Vaccine operations Central Provinces 1868-1885 - 1868-1885
Year: 1868
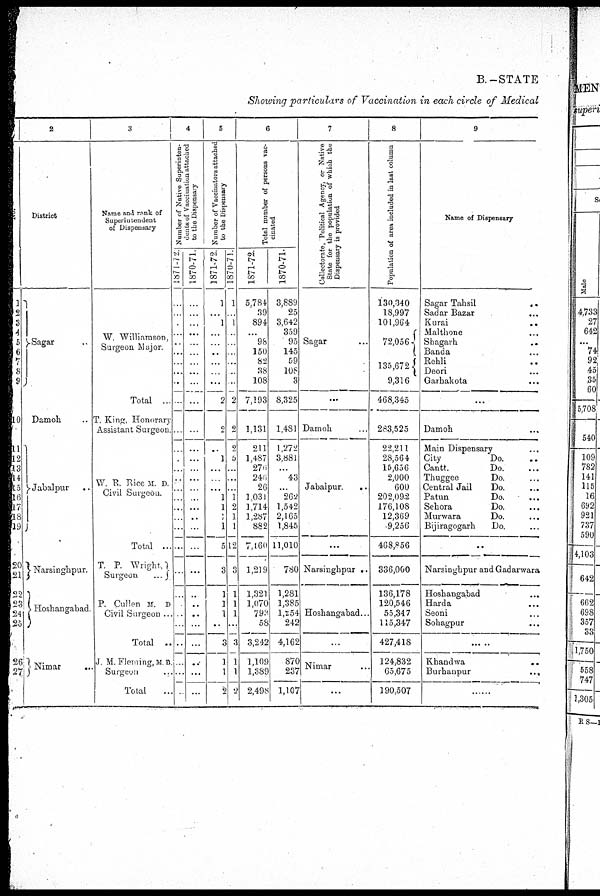
B.-STATE
Showing particulars of Vaccination in each circle of Medical
1
No.
1
2
3
4
5
6
7
8
9
10
11
12
13
14
15
16
17
18
19
20
21
22
23
24
25
26
27
2
District
Sagar ..
Damoh ..
Jabalpur ..
Narsinghpur.
Hoshangabad.
Nimar
..
3
Name and rank of
Superintendent
of Dispensary
W. Williamson,
Surgeon Major.
Total ..
T. King, Honorary
Assistant Surgeon.
W. R. Rice M. D.
Civil Surgeon.
Total ...
T. P. Wright,
Surgeon
...
P. Cullen M. D.
Civil Surgeon ...
Total ..
J. M. Fleming, M.D.
Surgeon
Total
4
Number of Native Superinten-
dents of Vaccination attached
to the Dispensary
1871-72.
...
...
...
...
...
...
...
...
..
...
...
...
.
...
...
...
...
...
...
...
...
...
...
...
...
...
..
..
...
...
1870-71.
...
...
...
..
...
...
...
...
...
...
...
...
...
...
...
...
..
...
..
...
...
...
...
...
..
...
...
...
...
...
5
Number of Vaccinators attached
to the Dispensary
1871-72.
1
...
1
...
...
..
...
...
...
2
2
..
1
...
...
...
1
1
1
1
5
3
1
1
1
...
3
1
1
9
1870-71.
1
...
1
..
...
...
...
..
..
2
2
2
5
...
...
...
1
2
1
1
12
3
1
1
1
...
3
1
1
2
6
Total number of persons vac-
cinated
1871-72.
5,784
39
894
...
98
150
82
38
108
7,193
1,131
211
1,487
276
246
26
1,031
1,714
1,287
882
7,160
1,219
1,321
1,070
793
58
3,212
1,109
1,389
2,498
1870-71.
3,889
25
3,642
359
95
145
59
108
3
8,325
1,481
1,272
3,881
...
43
...
262
1,542
2,165
1,845
11,010
780
1,281
1,385
1,254
242
4,162
870
237
1,107
7
Collectorate, Political Agency, or Native
State for the population of which the
Dispensary is provided
Sagar
...
...
Damoh ...
Jabalpur.
..
...
Narsinghpur ..
Hoshangabad...
...
Nimar ...
...
8
Population of area included in last column
130,340
18,997
101,964
72,056
135,672
9,316
468,345
283,525
22,211
28,564
15,656
2,000
600
202,092
176,108
12,369
9,256
468,856
336,000
136,178
120,546
55,347
115,347
427,418
124,832
65,675
190,507
9
Name of Dispensary
Sagar Tahsil
..
Sadar Bazar
...
Kurai
..
Malthone ...
Shagarh
..
Banda ..
Rehli ..
Deori ...
Garhakota
...
...
Damoh ...
Main Dispensary ...
City
Do. ...
Cantt.
Do. ...
Thuggee
Do. ...
Central Jail
Do. ...
Patun
Do. ...
Sehora
Do. ...
Murwara
Do.
...
Bijiragogarh
Do. ...
...
Narsinghpur and Gadarwara
Hoshangabad ...
Harda ...
Seoni ...
Sohagpur ...
... ..
Khandwa
..
Burbanpur
...
......